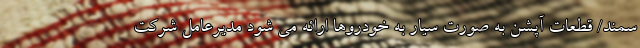
سمند/ قطعات آپشن به صورت سیار به خودروها ارائه می شود مدیرعامل شرکت